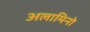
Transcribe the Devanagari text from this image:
अलामिनो